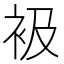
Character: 衱